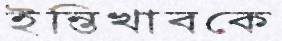
ইন্তিখাবকে